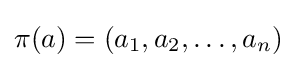
\pi (a)=(a_{1},a_{2},\ldots ,a_{n})